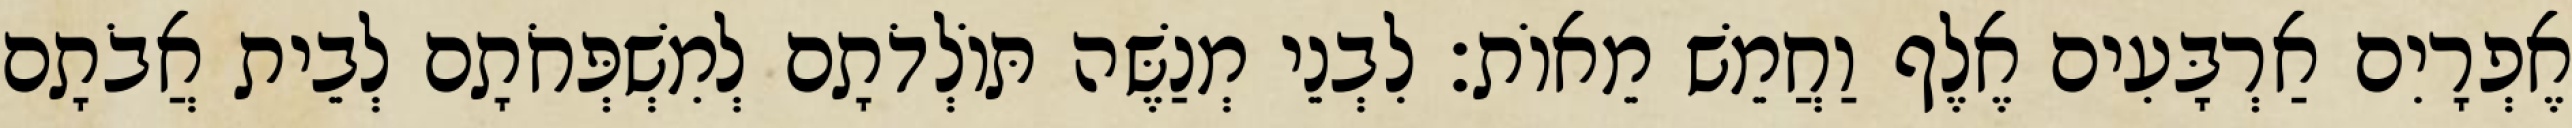
אֶפְרָיִם אַרְבָּעִים אֶלֶף וַחֲמֵשׁ מֵאוֹת׃ לִבְנֵי מְנַשֶּׁה תּוֹלְדֹתָם לְמִשְׁפְּחֹתָם לְבֵית אֲבֹתָם